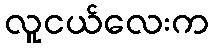
လူငယ်လေးက